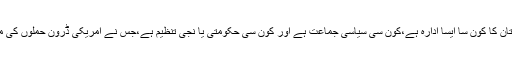
مزید یہ کہ پاکستان کا کون سا ایسا ادارہ ہے،کون سی سیاسی جماعت ہے اور کون سی حکومتی یا نجی تنظیم ہے،جس نے امریکی ڈرون حملوں کی مخالفت نہیں کی؟